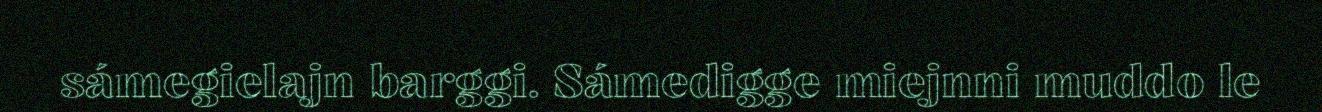
sámegielajn barggi. Sámedigge miejnni muddo le